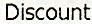
DISCOUNT